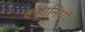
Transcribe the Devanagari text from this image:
कहानियॉं